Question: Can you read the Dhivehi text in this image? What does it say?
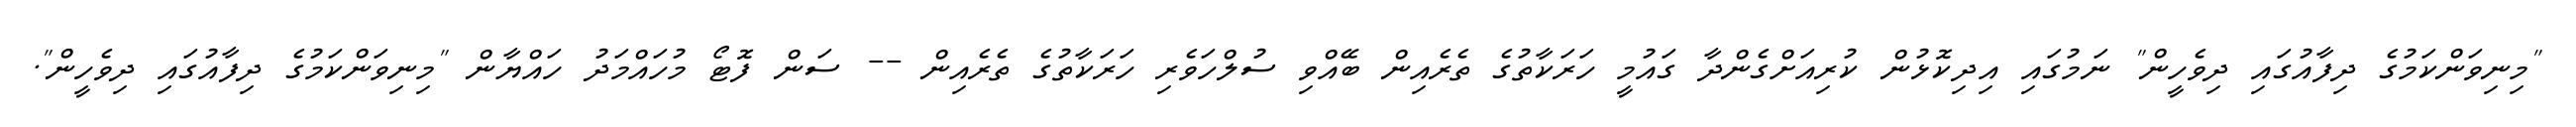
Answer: "މިނިވަންކަމުގެ ދިފާއުގައި ދިވެހީން" ނަމުގައި އިދިކޮޅުން ކުރިއަށްގެންދާ ގައުމީ ހަރަކާތުގެ ތެރެއިން ބޭއްވި ސުލްހަވެރި ހަރަކާތުގެ ތެރެއިން -- ސަން ފޮޓޯ މުހައްމަދު ހައްޔާން "މިނިވަންކަމުގެ ދިފާއުގައި ދިވެހީން".